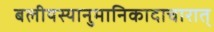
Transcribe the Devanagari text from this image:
बलीयस्यानुमानिकादाचारात्